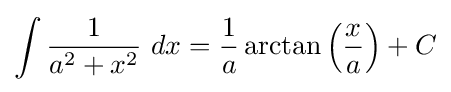
\int {\frac {1}{a^{2}+x^{2}}}\ dx={\frac {1}{a}}\arctan \left({\frac {x}{a}}\right)+C